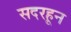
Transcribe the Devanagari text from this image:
सदरहून